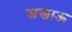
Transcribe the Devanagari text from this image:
जखाऊ